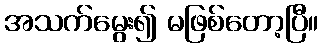
အသက်မွေး၍ မဖြစ်တော့ပြီ။